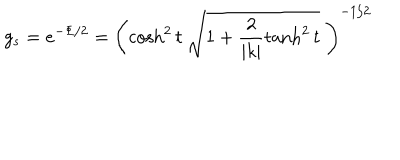
LaTeX: g _ { s } = e ^ { - \Phi / 2 } = \left( \cosh ^ { 2 } t \; \sqrt { 1 + \frac { 2 } { | k | } \tanh ^ { 2 } t } \; \right) ^ { - 1 / 2 }